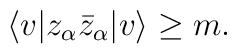
\langle v|z_\alpha\bar{z}_\alpha|v\rangle\geq m.